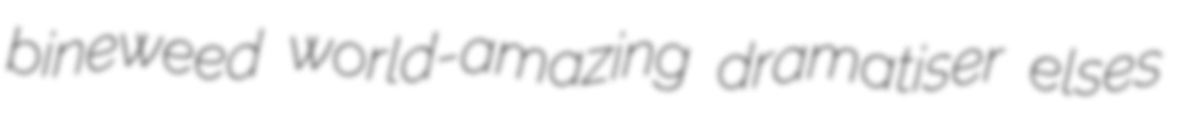
bineweed world-amazing dramatiser elses